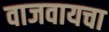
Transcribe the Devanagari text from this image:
वाजवायचा